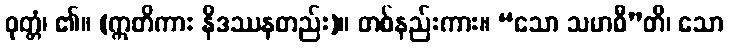
ဝုတ္တံ၊ ၏။ (ဣတိကား နိဒဿနတည်း)။ တစ်နည်းကား။ “သော သမာဓီ”တိ၊ သော